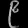
Digit: ၉